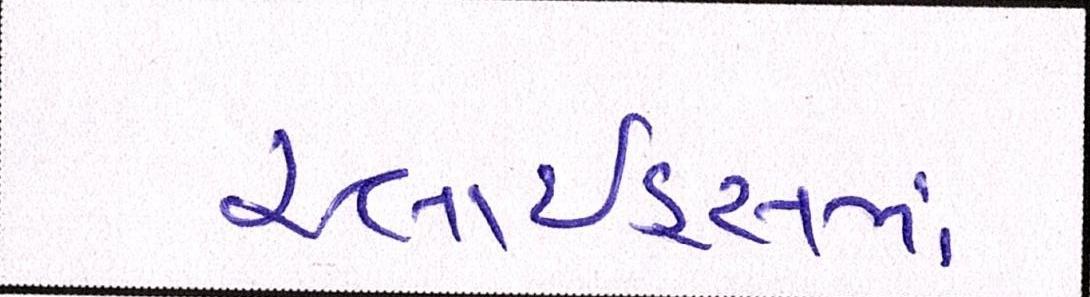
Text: સ્લાઇડ્સમાં